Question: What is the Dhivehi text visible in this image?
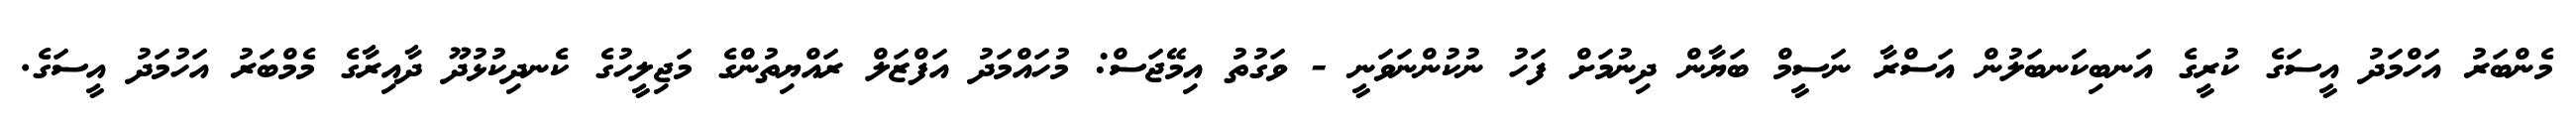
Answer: މެންބަރު އަހްމަދު އީސަގެ ކުރީގެ އަނބިކަނބަލުން އަސްރާ ނަސީމް ބަޔާން ދިނުމަށް ފަހު ނުކުންނަވަނީ - ވަގުތު އިމޭޖަސް: މުހައްމަދު އަފްޒަލް ރައްޔިތުންގެ މަޖިލީހުގެ ކެނދިކުޅުދޫ ދާއިރާގެ މެމްބަރު އަހުމަދު އީސަގެ.